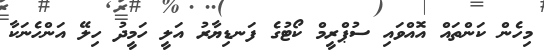
މިހެން ކަންތައް އޮއްވައި ސުޕްރީމް ކޯޓުގެ ފަނޑިޔާރު އަލީ ހަމީދު ހިލޭ އަންހެނަކާ